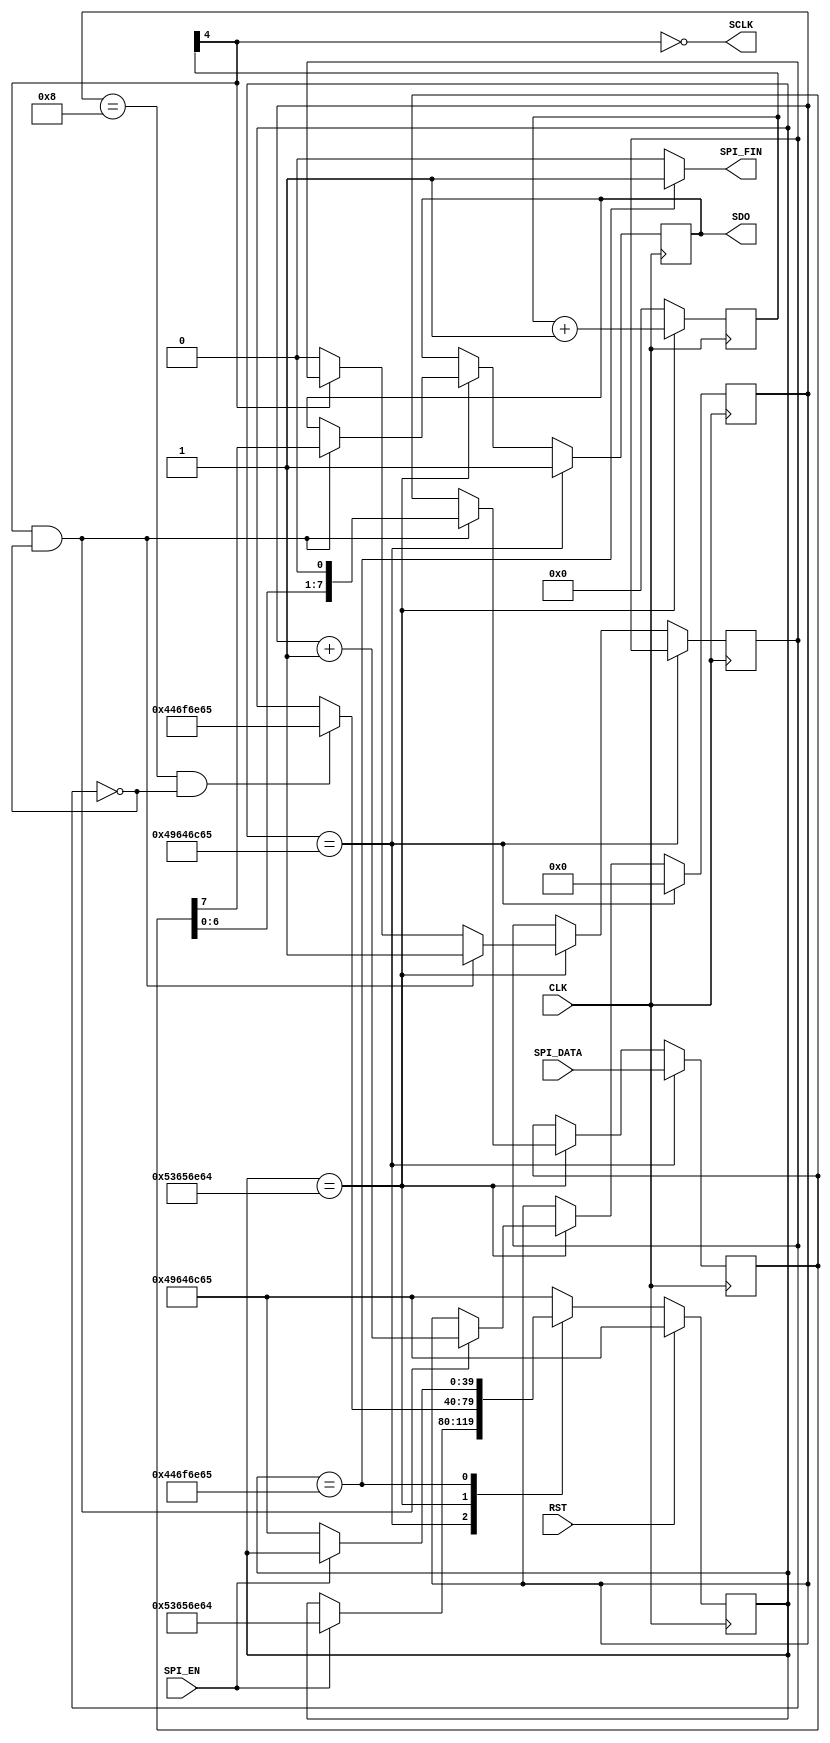
module SpiCtrl(
    CLK,
    RST,
    SPI_EN,
    SPI_DATA,
    SDO,
    SCLK,
    SPI_FIN
    );
    input CLK;
    input RST;
    input SPI_EN;
    input [7:0] SPI_DATA;
    output SDO;
    output SCLK;
    output SPI_FIN;
	wire  SDO, SCLK, SPI_FIN;
	reg [39:0] current_state = "Idle";		
	reg [7:0] shift_register = 8'h00;		
	reg [3:0] shift_counter = 4'h0;			
	wire clk_divided;						
	reg [4:0] counter = 5'b00000;				
	reg temp_sdo = 1'b1;							
	reg falling = 1'b0;							
	assign clk_divided = ~counter[4];
	assign SCLK = clk_divided;
	assign SDO = temp_sdo;
	assign SPI_FIN = (current_state == "Done") ? 1'b1 : 1'b0;
	always @(posedge CLK) begin
			if(RST == 1'b1) begin							
				current_state <= "Idle";
			end
			else begin
				case(current_state)
					"Idle" : begin
						if(SPI_EN == 1'b1) begin
							current_state <= "Send";
						end
					end
					"Send" : begin
						if(shift_counter == 4'h8 && falling == 1'b0) begin
							current_state <= "Done";
						end
					end
					"Done" : begin
						if(SPI_EN == 1'b0) begin
							current_state <= "Idle";
						end
					end
					default : current_state <= "Idle";
				endcase
			end
	end
	always @(posedge CLK) begin
			if(current_state == "Send") begin
				counter <= counter + 1'b1;
			end
			else begin
				counter <= 5'b00000;
			end
	end
	always @(posedge CLK) begin
			if(current_state == "Idle") begin
					shift_counter <= 4'h0;
					shift_register <= SPI_DATA;
					temp_sdo <= 1'b1;
			end
			else if(current_state == "Send") begin
					if(clk_divided == 1'b0 && falling == 1'b0) begin
							falling <= 1'b1;
							temp_sdo <= shift_register[7];
							shift_register <= {shift_register[6:0],1'b0};
							shift_counter <= shift_counter + 1'b1;
					end
					else if(clk_divided == 1'b1) begin
						falling <= 1'b0;
					end
			end
	end
endmodule